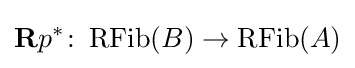
\mathbf {R} p^{*}\colon \operatorname {RFib} (B)\rightarrow \operatorname {RFib} (A)